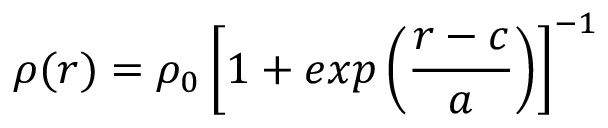
\rho ( r ) = \rho _ { 0 } \left[ 1 + e x p \left( \frac { r - c } { a } \right) \right] ^ { - 1 }